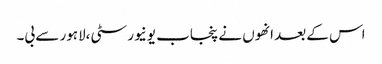
اس کے بعد انھوں نے پنجاب یونیورسٹی،لاہور سے بی۔